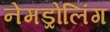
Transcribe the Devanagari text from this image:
नेमड्रोलिंग